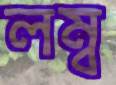
লম্ব